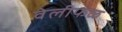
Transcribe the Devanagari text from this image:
वेलीफळ